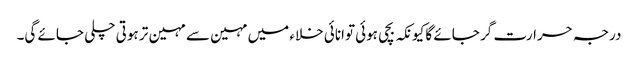
درجہ حرارت گر جائے گا کیونکہ بچی ہوئی توانائی خلاء میں مہین سے مہین تر ہوتی چلی جائے گی۔